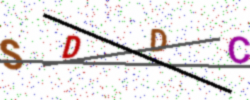
Text: SDDC